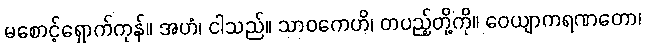
မစောင့်ရှောက်ကုန်။ အဟံ၊ ငါသည်။ သာဝကေဟိ၊ တပည့်တို့ကို။ ဝေယျာကရဏတော၊